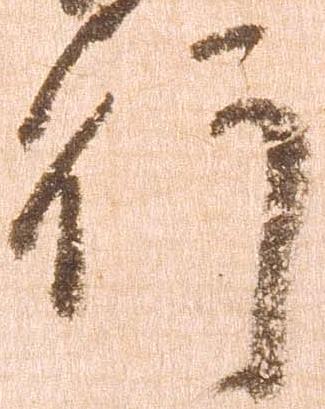
行